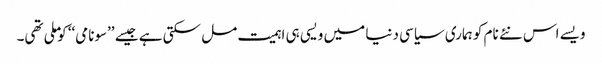
ویسے اس نئے نام کو ہماری سیاسی دنیا میں ویسی ہی اہمیت مل سکتی ہے جیسے ’’سونامی‘‘ کو ملی تھی۔